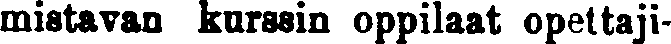
mistavan kurssin oppilaat opettaji-